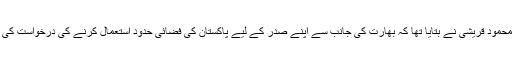
اس حوالے سے وزیر خارجہ شاہ محمود قریشی نے بتایا تھا کہ بھارت کی جانب سے اپنے صدر کے لیے پاکستان کی فضائی حدود استعمال کرنے کی درخواست کی گئی تھی، جسے مسترد کردیا گیا۔